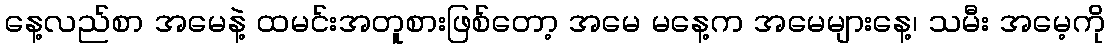
နေ့လည်စာ အမေနဲ့ ထမင်းအတူစားဖြစ်တော့ အမေ မနေ့က အမေများနေ့၊ သမီး အမေ့ကို